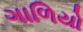
ગાળિયો